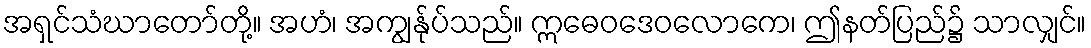
အရှင်သံဃာတော်တို့။ အဟံ၊ အကျွန်ုပ်သည်။ ဣဓေဝဒေဝလောကေ၊ ဤနတ်ပြည်၌ သာလျှင်။